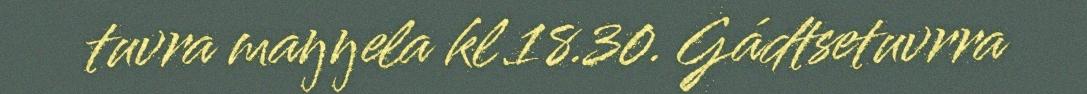
tuvra maŋŋela kl 18.30. Gádtsetuvrra